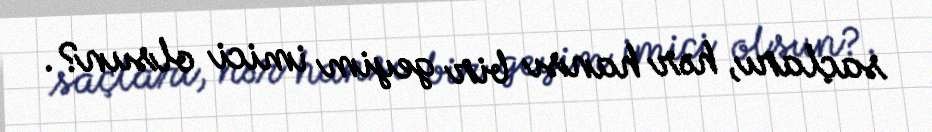
saçları, hər hansı bir geyim imici olsun?.